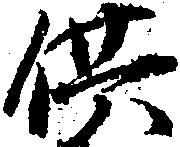
供